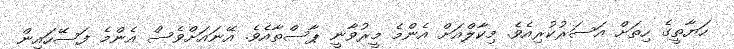
ހަޔާތީގެ ހިތަށް އަސަރުކުރިއެވެ. މިކާލްއަށް އެންމެ މީރުވާނީ ޕާސްތާއެވެ. އޭނައަށްވެސް އެންމެ ފަސޭހައިން